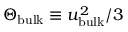
\Theta _ { \mathrm { b u l k } } \equiv u _ { \mathrm { b u l k } } ^ { 2 } / 3